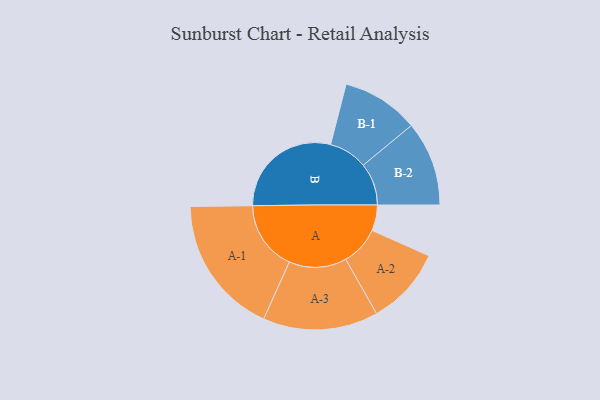
{"axis": {"x": "Segment", "y": "Value"}, "legend": ["", "A", "B"], "data": [{"x": "A", "y": 108, "type": ""}, {"x": "B", "y": 473, "type": ""}, {"x": "A-1", "y": 293, "type": "A"}, {"x": "A-2", "y": 164, "type": "A"}, {"x": "A-3", "y": 242, "type": "A"}, {"x": "B-1", "y": 162, "type": "B"}, {"x": "B-2", "y": 178, "type": "B"}]}